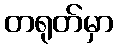
တရုတ်မှာ